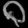
Digit: ၀